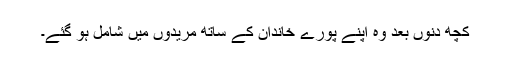
کچھ دنوں بعد وہ اپنے پورے خاندان کے ساتھ مریدوں میں شامل ہو گئے۔